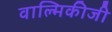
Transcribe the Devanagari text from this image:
वाल्‍मिकीजी